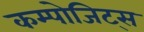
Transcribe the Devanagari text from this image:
कम्पोजिट्स